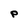
Character: P